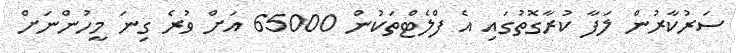
ސަރުކާރުން ލަފާ ކުރާގޮތުގައި އެ ފްލެޓްތަކުން 65000 އަށް ވުރެ ގިނަ މީހުންނަށް